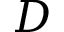
D